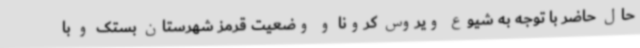
حال حاضر با توجه به شیوع ویروس کرونا و وضعیت قرمز شهرستان بستک و با